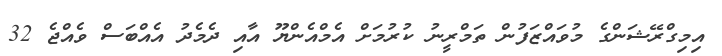
އިމިގްރޭޝަންގެ މުވައްޒަފުން ތަމްރީނު ކުރުމަށް އެމްއެންޔޫ އާއި ދެމެދު އެއްބަސް ވެއްޖެ 32